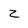
Character: z